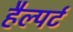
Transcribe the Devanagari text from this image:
हैल्पर्ट